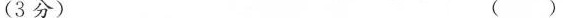
（3分) ( )